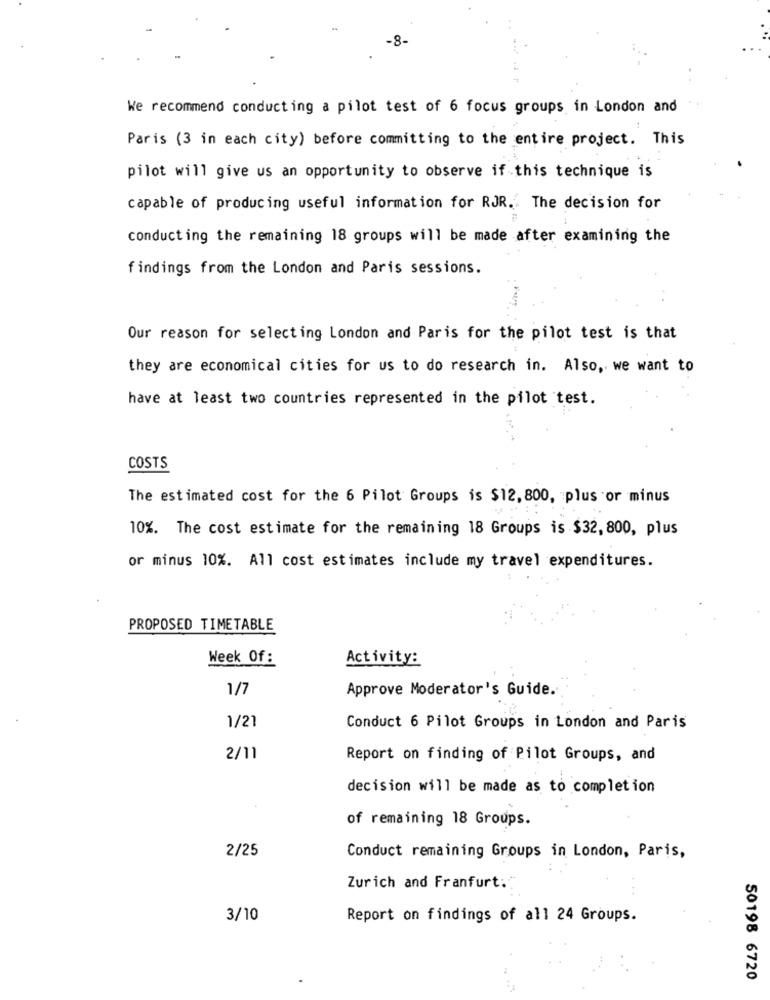
-8-
We recommend conducting a pilot test of 6 focus groups in London and
Paris (3 in each city) before committing to the entire project. This
pilot will give us an opportunity to observe if this technique is
capable of producing useful information for RJR. The decision for
conducting the remaining 18 groups will be made after examining the
findings from the London and Paris sessions.
Our reason for selecting London and Paris for the pilot test is that
they are economical cities for us to do research in. Also, we want to
have at least two countries represented in the pilot test.
COSTS
The estimated cost for the 6 Pilot Groups is $12, 800, plus or minus
10%. The cost estimate for the remaining 18 Groups is $32, 800, plus
or minus 10%. All cost estimates include my travel expenditures.
PROPOSED TIMETABLE
Week Of:
Activity:
1/7
Approve Moderator's Guide.
1/21
Conduct 6 Pilot Groups in London and Paris
2/11
Report on finding of Pilot Groups, and
decision will be made as to completion
of remaining 18 Groups.
2/25
Conduct remaining Groups in London, Paris,
Zurich and Franfurt:
3/10
Report on findings of all 24 Groups.
50198 6720